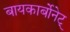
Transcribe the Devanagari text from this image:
बायकार्बोनेट्